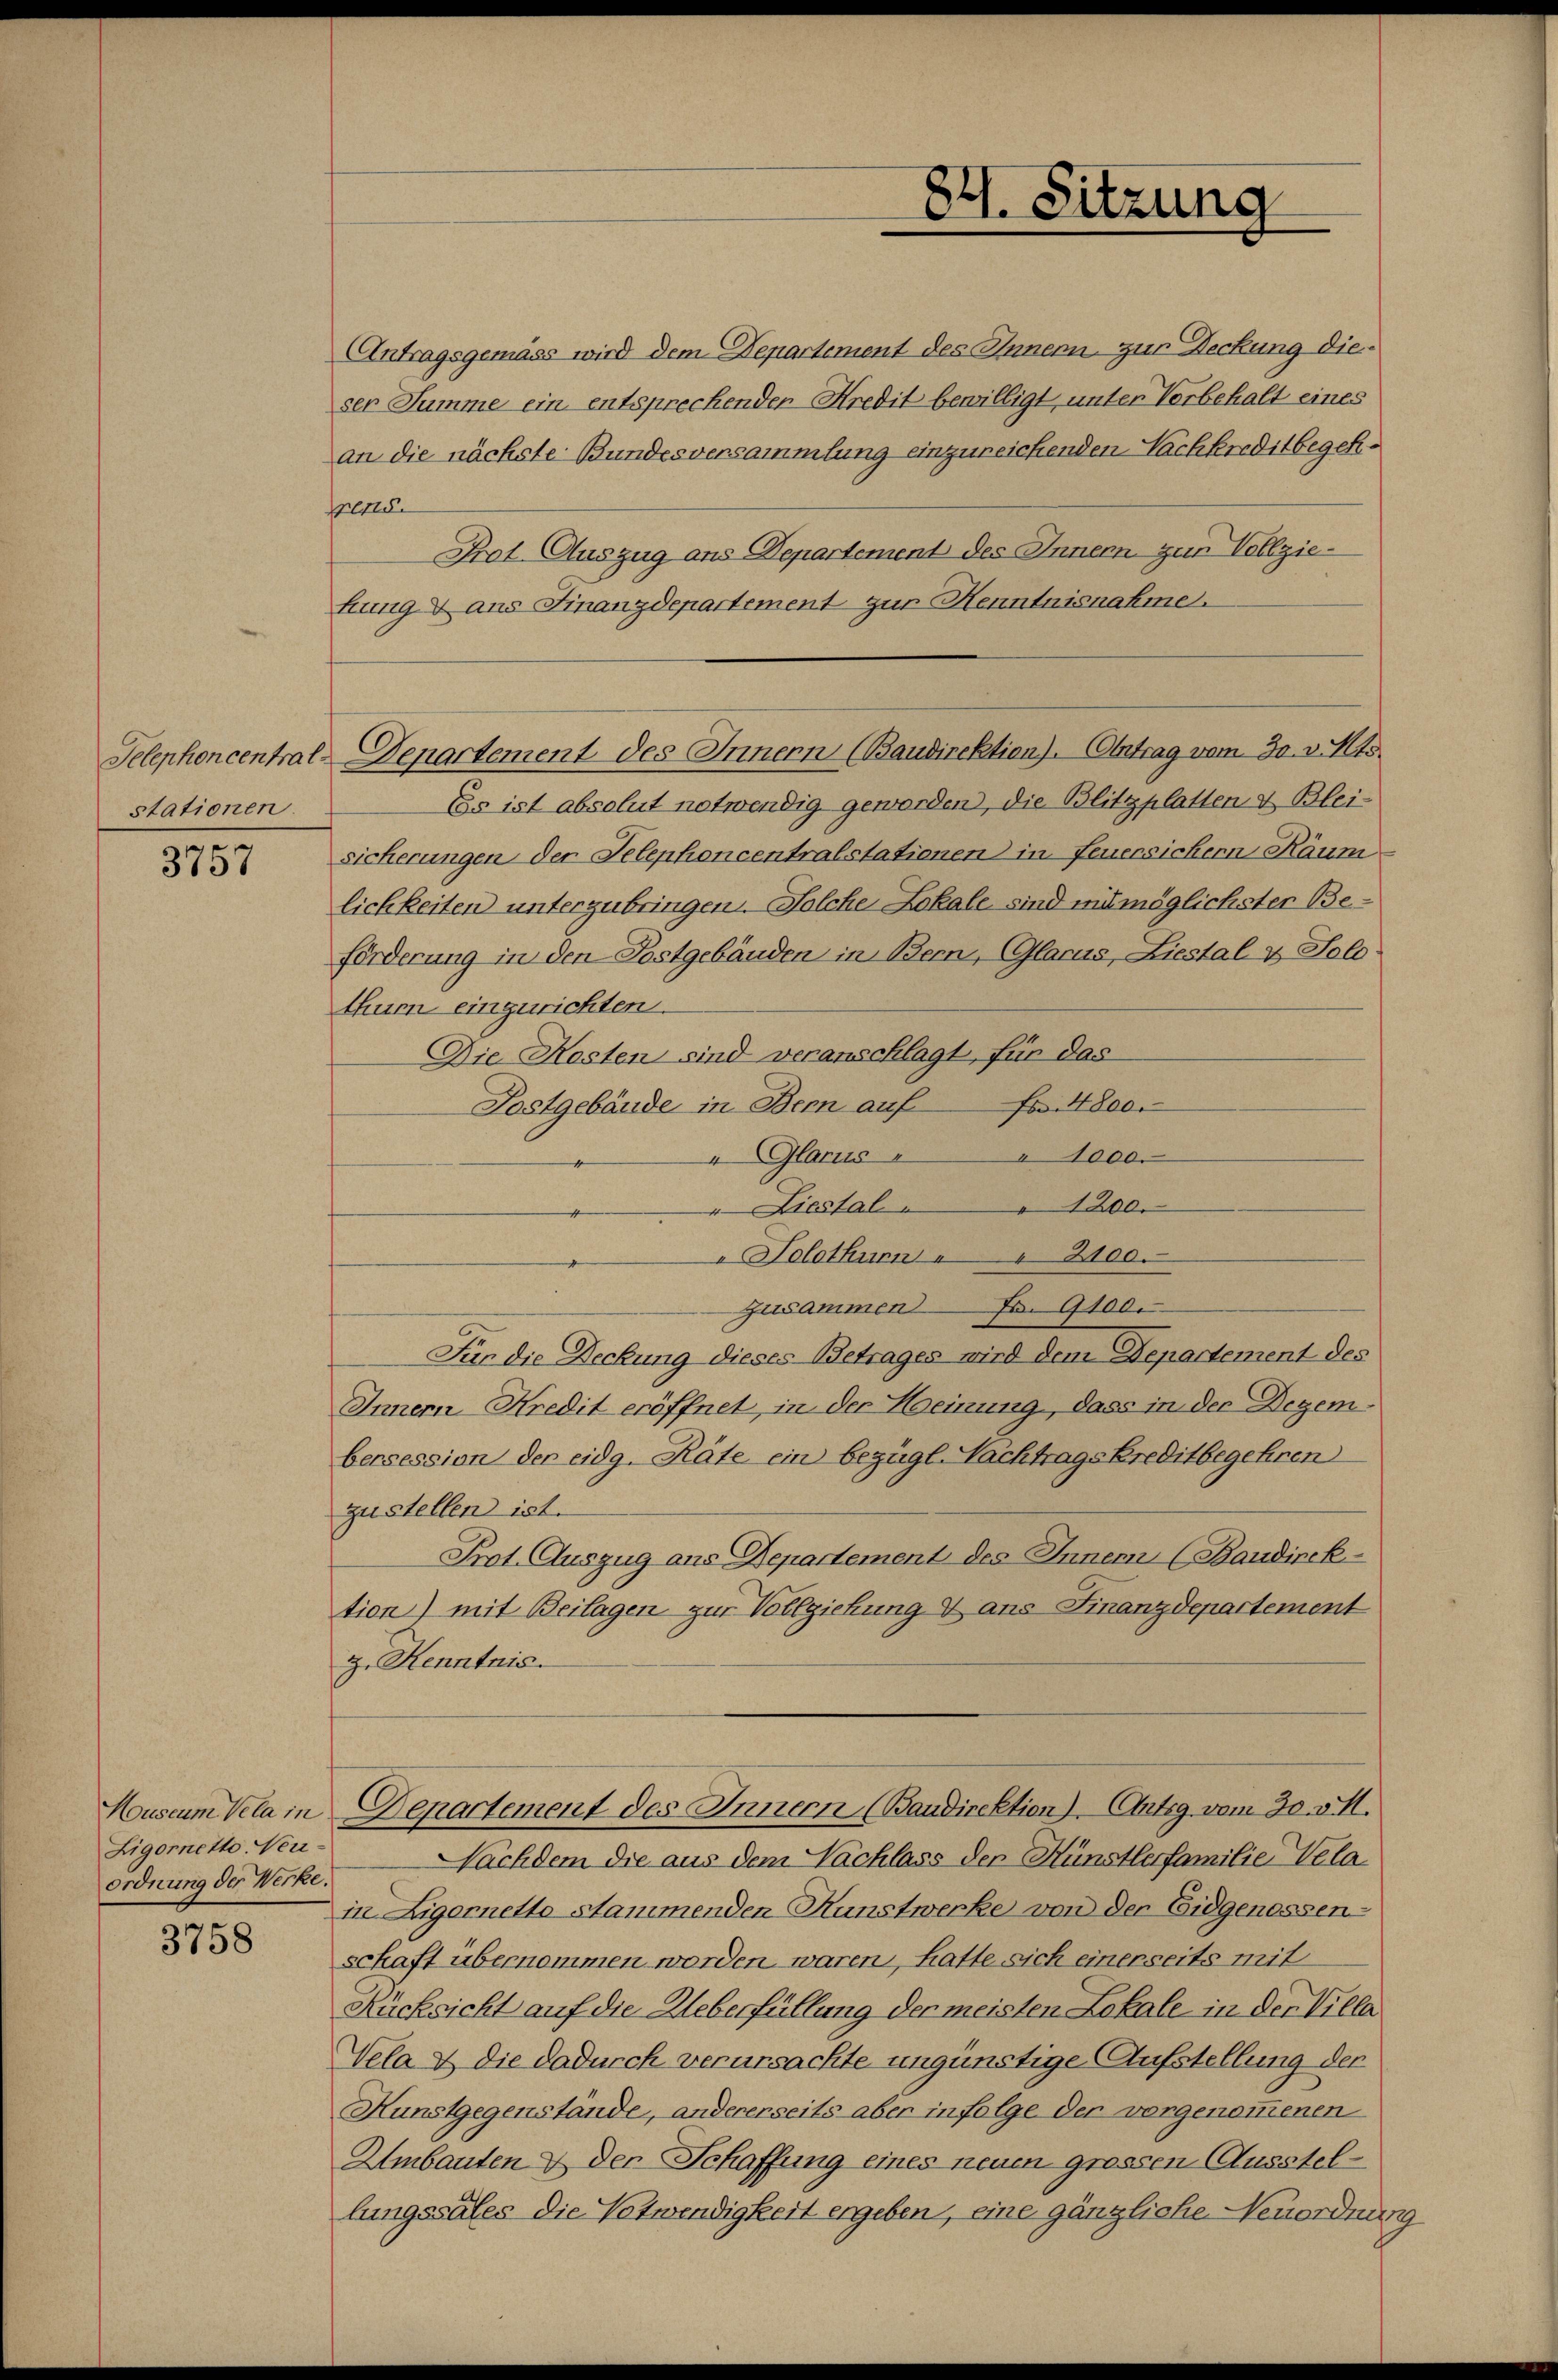
stationen.

e
3751

Ligornetto Neu-
ordnung der Werke.

3758

Antragsgemäss wird dem Departement des Innern zur Deckung dieser Summe ein entsprechenden Kredit bewilligt, unter Vorbehalt eines
an die nächste Bundesversammlung einzureichenden Nachkreditbegehltt
Prot. Auszug aus Departemend des Innern zur Vollziekung & ans Finanzdepartement zur Henntnisnahme.
Es ist absolut notwendig geworden, die Blitzplatten & Bleisicherungen der Telephoncentralstationen in Feuersichern Räum
lichkeiten unterzubringen. Solche Lokale sind mit möglichster Beförderung in den Postgebäuden in Bern, (Glarus, Liestal & Solo
thum einzurichten.
Die Kosten sind veranschlagt, für das
F. 4800.
Postgebäude in Bern auf
" Glarus " " 1000.
" Liestal 1200.
Solothurn " " 2100.
Zusammen Fr. 9100.
Für die Deckung dieses Betrages wird dem Departement des
Innern Kredit eröffnet, in der Heinung, dass in der Degenbersession der eidg. Räte ein bezügl. Nachtragskreditbegehren
zustellen ist.
Prot. Auszug aus Departement des Inner (Baudinek
tion) mit Beilagen zur Vollziehung & ans Finanzdepartement
z. Henntnis.
Museum Vela in Departement des Innern (Baudirektion) Antig vom 30. v. M.
Nachdem die aus dem Nachlass der Künstlerfamilie Velain Zigernetto stammenden Kunstwerke von der Eidgenossen-
schaft übernommen worden waren, hatte sich einerseits mit
Rucksicht auf die Ueberfüllung der meisten Lokale in der Villa
Vela & die dadurch verursachte ungünstige Aufstellung der
Hunstgegenstände, andererseits aber infolge der vorgenommenen
Umbauten & der Schaffung eines neuen grossen Ausstellungssales die Votwendigkeit ergeben, eine gänzliche Neuordnung

84. Sitzung

Telephoncentral-Denartement des Innern (Baudirektion). (Antrag vom 30. v. Mts.